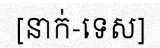
[នាក់-ទេស]